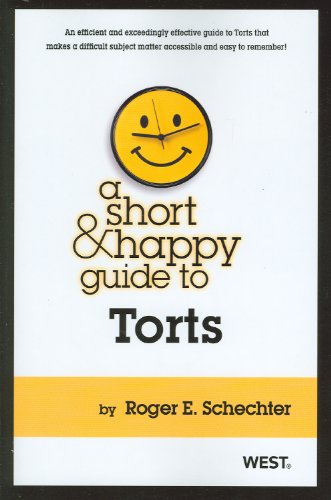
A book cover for A Short and Happy Guide to Torts (Short and Happy Series); Roger Schechter; Law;